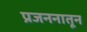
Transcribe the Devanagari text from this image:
प्रजननातून